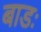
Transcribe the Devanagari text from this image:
बाडः